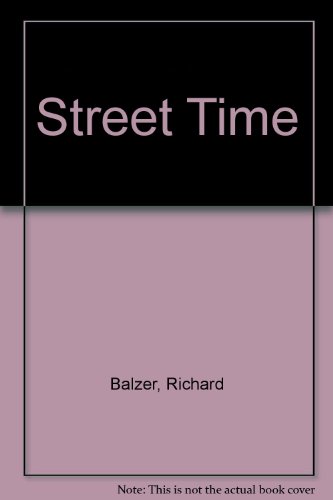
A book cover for Street Time; Richard Balzer; Travel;